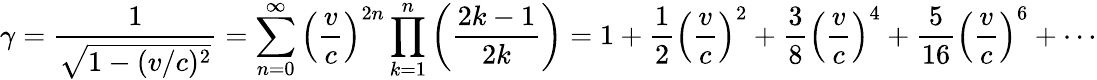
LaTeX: \gamma={\frac{1}{\sqrt{1-(v/c)^{2}}}}=\sum_{n=0}^{\infty}\left({\frac{v}{c}}\right)^{2n}\prod_{k=1}^{n}\left({\frac{2k-1}{2k}}\right)=1+{\frac{1}{2}}\left({\frac{v}{c}}\right)^{2}+{\frac{3}{8}}\left({\frac{v}{c}}\right)^{4}+{\frac{5}{16}}\left({\frac{v}{c}}\right)^{6}+\cdots